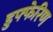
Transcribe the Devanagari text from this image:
डुफ्फेरिण